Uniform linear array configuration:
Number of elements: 16
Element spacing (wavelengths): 0.5
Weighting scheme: kaiser
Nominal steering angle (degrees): -45
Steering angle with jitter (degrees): -44.277
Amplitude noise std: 0.05
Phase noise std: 0.05

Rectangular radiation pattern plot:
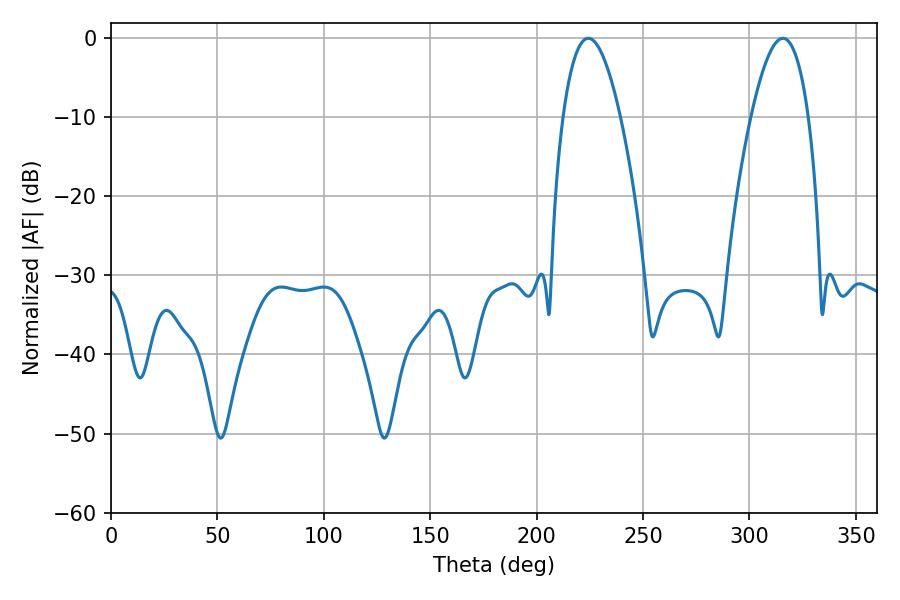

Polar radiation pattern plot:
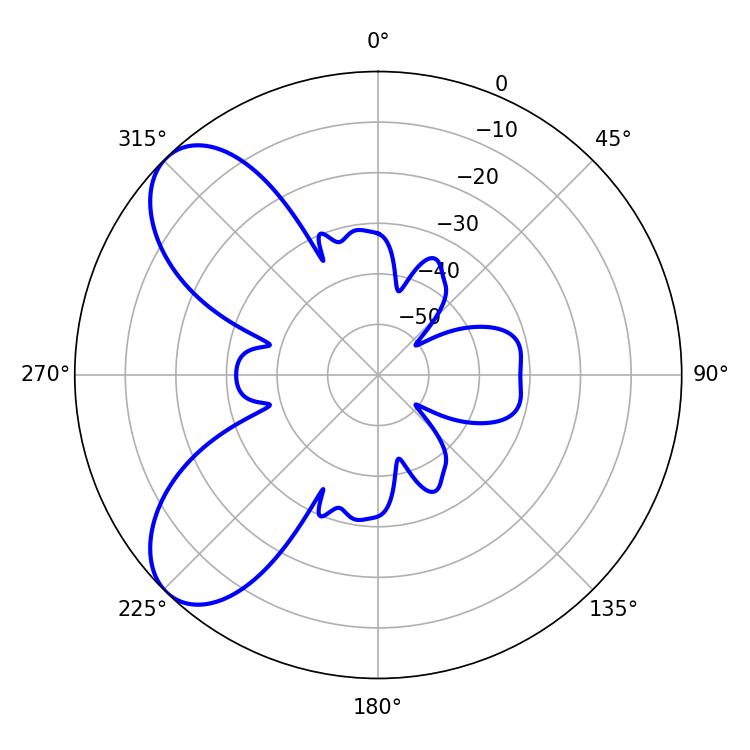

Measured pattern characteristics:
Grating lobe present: FALSE
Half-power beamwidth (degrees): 14.76
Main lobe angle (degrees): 224.28